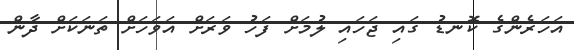
އަހަރެންގެ ކޮނޑު ގައި ޖަހައި ލުމަށް ފަހު ވަރަށް އަވަހަށް ތަނަކަށް ދާން